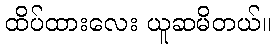
ထိပ်ထားလေး ယူဆမိတယ်။